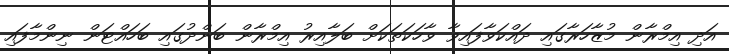
އަދި އިމްރާން މުޒާހަރާގައި ދައްކަވާފައިވާ ވާހަކަތަކަށް ބަލާއިރު އިމްރާން ބަންދުގައި ބަހައްޓަން ނިންމާފައި